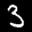
Label: 3